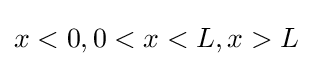
x<0,0<x<L,x>L